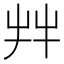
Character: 𦫹